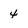
Character: 4